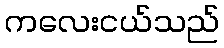
ကလေးငယ်သည်